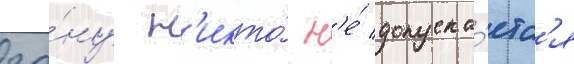
зо́ну н'икто́ н'е́ допуска́етс'я